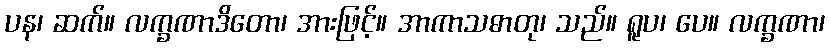
ပန၊ ဆက်။ လက္ခဏာဒိတော၊ အားဖြင့်။ အာကာသဓာတု၊ သည်။ ရူပ၊ ပေ။ လက္ခဏာ၊